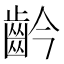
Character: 䶖